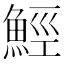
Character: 𩷏